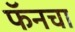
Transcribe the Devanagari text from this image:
फॅनचा